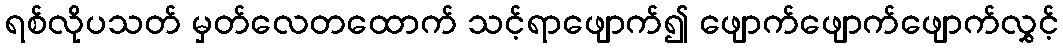
ရစ်လိုပသတ် မှတ်လေတထောက် သင့်ရာဖျောက်၍ ဖျောက်ဖျောက်ဖျောက်လွှင့်